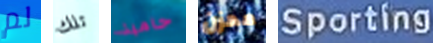
لم تلك حامية محزن Sporting